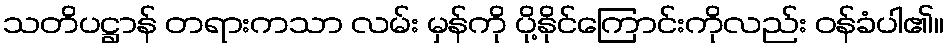
သတိပဋ္ဌာန် တရားကသာ လမ်း မှန်ကို ပို့နိုင်ကြောင်းကိုလည်း ဝန်ခံပါ၏။